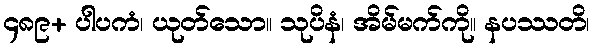
၄၈၉+ ပါပကံ၊ ယုတ်သော။ သုပိနံ၊ အိမ်မက်ကို။ နပဿတိ၊